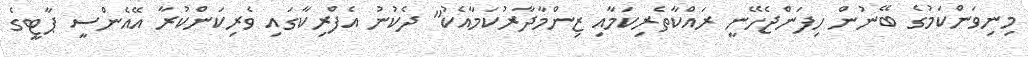
މިނިވަންކަމުގެ ބޭނުން ހިފަންޖެހޭނީ ރައްކާތެރިކަމާއި ޒިންމާދާރުކަމާއެކު" ދެކުނު އެފްރިކާގައި ވެރިކަންކުރާ އޭއެންސީ ޕާޓީގެ